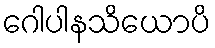
ဂေါပါနသိယောပိ